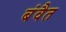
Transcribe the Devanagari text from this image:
बंवैत